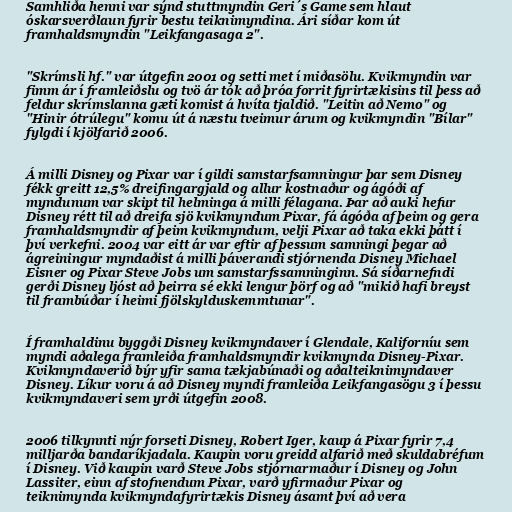
Samhliða henni var sýnd stuttmyndin Geri´s Game sem hlaut
óskarsverðlaun fyrir bestu teiknimyndina. Ári síðar kom út
framhaldsmyndin "Leikfangasaga 2".

"Skrímsli hf." var útgefin 2001 og setti met í miðasölu. Kvikmyndin var
fimm ár í framleiðslu og tvö ár tók að þróa forrit fyrirtækisins til þess að
feldur skrímslanna gæti komist á hvíta tjaldið. "Leitin að Nemo" og
"Hinir ótrúlegu" komu út á næstu tveimur árum og kvikmyndin "Bílar"
fylgdi í kjölfarið 2006.

Á milli Disney og Pixar var í gildi samstarfsamningur þar sem Disney
fékk greitt 12,5% dreifingargjald og allur kostnaður og ágóði af
myndunum var skipt til helminga á milli félagana. Þar að auki hefur
Disney rétt til að dreifa sjö kvikmyndum Pixar, fá ágóða af þeim og gera
framhaldsmyndir af þeim kvikmyndum, velji Pixar að taka ekki þátt í
því verkefni. 2004 var eitt ár var eftir af þessum samningi þegar að
ágreiningur myndaðist á milli þáverandi stjórnenda Disney Michael
Eisner og Pixar Steve Jobs um samstarfssamninginn. Sá síðarnefndi
gerði Disney ljóst að þeirra sé ekki lengur þörf og að "mikið hafi breyst
til frambúðar í heimi fjölskylduskemmtunar".

Í framhaldinu byggði Disney kvikmyndaver í Glendale, Kaliforníu sem
myndi aðalega framleiða framhaldsmyndir kvikmynda Disney-Pixar.
Kvikmyndaverið býr yfir sama tækjabúnaði og aðalteiknimyndaver
Disney. Líkur voru á að Disney myndi framleiða Leikfangasögu 3 í þessu
kvikmyndaveri sem yrði útgefin 2008.

2006 tilkynnti nýr forseti Disney, Robert Iger, kaup á Pixar fyrir 7,4
milljarða bandaríkjadala. Kaupin voru greidd alfarið með skuldabréfum
í Disney. Við kaupin varð Steve Jobs stjórnarmaður í Disney og John
Lassiter, einn af stofnendum Pixar, varð yfirmaður Pixar og
teiknimynda kvikmyndafyrirtækis Disney ásamt því að vera